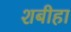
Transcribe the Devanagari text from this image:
शबीहा